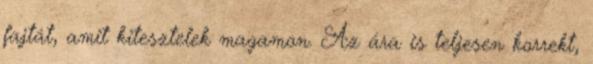
fajtát, amit kitesztelek magamon. Az ára is teljesen korrekt,